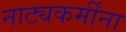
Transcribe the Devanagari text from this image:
नाट्यकर्मींना